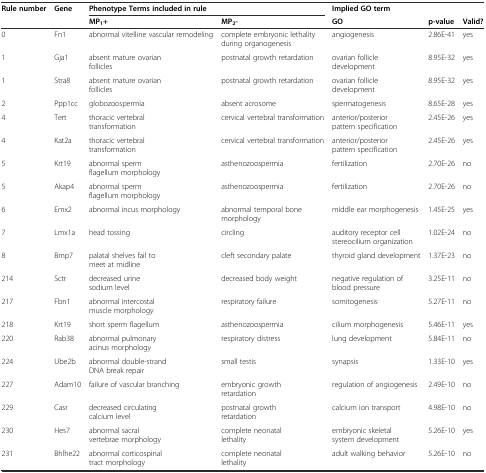
| Rule number | Gene | <COLSPAN=2> Phenotype Terms included in rule | Implied GO term |  |  |
 |  |  | MP1+ | MP2- | GO | p-value | Valid? |
 | --- | --- | --- | --- | --- | --- | --- |
 | 0 | Fn1 | abnormal vitelline vascular remodeling | complete embryonic lethality during organogenesis | angiogenesis | 2.86E-41 | yes |
 | 1 | Gja1 | absent mature ovarian follicles | postnatal growth retardation | ovarian follicle development | 8.95E-32 | yes |
 | 1 | Stra8 | absent mature ovarian follicles | postnatal growth retardation | ovarian follicle development | 8.95E-32 | yes |
 | 2 | Ppp1cc | globozoospermia | absent acrosome | spermatogenesis | 8.65E-28 | yes |
 | 4 | Tert | thoracic vertebral transformation | cervical vertebral transformation | anterior/posterior pattern specification | 2.45E-26 | yes |
 | 4 | Kat2a | thoracic vertebral transformation | cervical vertebral transformation | anterior/posterior pattern specification | 2.45E-26 | yes |
 | 5 | Krt19 | abnormal sperm flagellum morphology | asthenozoospermia | fertilization | 2.70E-26 | no |
 | 5 | Akap4 | abnormal sperm flagellum morphology | asthenozoospermia | fertilization | 2.70E-26 | no |
 | 6 | Emx2 | abnormal incus morphology | abnormal temporal bone morphology | middle ear morphogenesis | 1.45E-25 | yes |
 | 7 | Lmx1a | head tossing | circling | auditory receptor cell stereocilium organization | 1.02E-24 | no |
 | 8 | Bmp7 | palatal shelves fail to meet at midline | cleft secondary palate | thyroid gland development | 1.37E-23 | no |
 | 214 | Sctr | decreased urine sodium level | decreased body weight | negative regulation of blood pressure | 3.25E-11 | no |
 | 217 | Fbn1 | abnormal intercostal muscle morphology | respiratory failure | somitogenesis | 5.27E-11 | no |
 | 218 | Krt19 | short sperm flagellum | asthenozoospermia | cilium morphogenesis | 5.46E-11 | yes |
 | 220 | Rab38 | abnormal pulmonary acinus morphology | respiratory distress | lung development | 5.84E-11 | no |
 | 224 | Ube2b | abnormal double-strand DNA break repair | small testis | synapsis | 1.33E-10 | yes |
 | 227 | Adam10 | failure of vascular branching | embryonic growth retardation | regulation of angiogenesis | 2.49E-10 | no |
 | 229 | Casr | decreased circulating calcium level | postnatal growth retardation | calcium ion transport | 4.98E-10 | no |
 | 230 | Hes7 | abnormal sacral vertebrae morphology | complete neonatal lethality | embryonic skeletal system development | 5.26E-10 | yes |
 | 231 | Bhlhe22 | abnormal corticospinal tract morphology | complete neonatal lethality | adult walking behavior | 5.26E-10 | no |